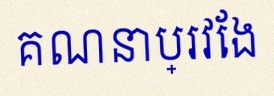
គណនាប្រវែង